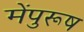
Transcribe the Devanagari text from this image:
मेंपुरूष